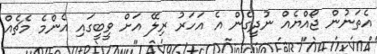
އެތަނުން ޖޯއްޔެއް ނުދީގެން އެ އަހަރު ރިލޭ އަށް ވީބީގައި އެންމެ މެޗެއް